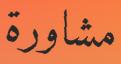
مشاورة